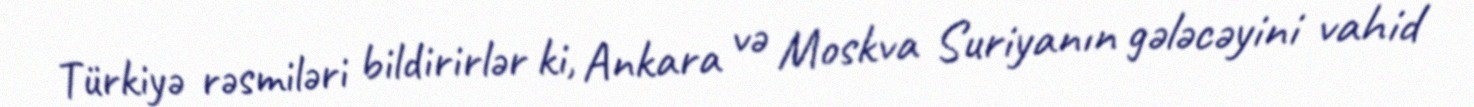
Türkiyə rəsmiləri bildirirlər ki, Ankara və Moskva Suriyanın gələcəyini vahid